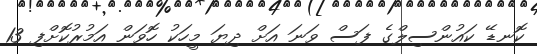
ކޮނޑޭ ކައުންސިލްގެ ފަސް ވަނަ އަށް ދިޔަ މީހަކު ހޮވަން އަމުރުކޮށްފި 13